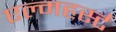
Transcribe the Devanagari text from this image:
एल्महर्स्ट